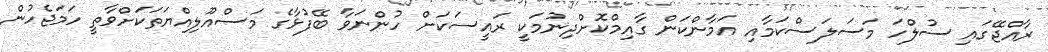
ރާއްޖޭގައި ސުލްހަ މަސަލަސްކަމާއި އަމާންކަން ގާއިމްކޮށްދިނުމަކީ ރައީސަކަށް ހުންނަވާ ބޭފުޅާގެ މަސްއޫލިއްޔަތަކަށްވާތީ ހަމަޖެހުން